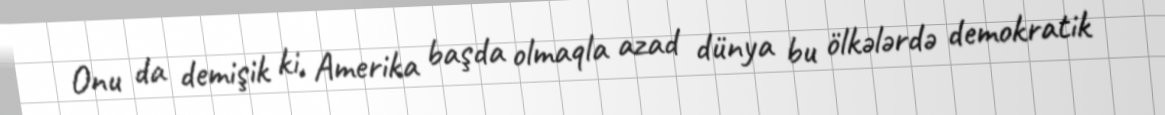
Onu da demişik ki, Amerika başda olmaqla azad dünya bu ölkələrdə demokratik